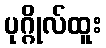
ပုဂ္ဂိုလ်ထူး